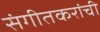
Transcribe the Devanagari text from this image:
संगीतकरांची